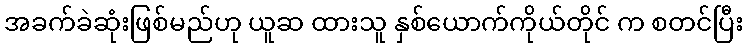
အခက်ခဲဆုံးဖြစ်မည်ဟု ယူဆ ထားသူ နှစ်ယောက်ကိုယ်တိုင် က စတင်ပြီး